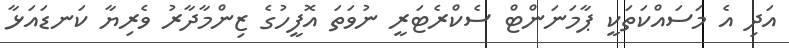
އަދި އެ މަސައްކަތަކީ ޕާމަނަންޓް ސެކްރެޓަރީ ނުވަތަ އޮފީހުގެ ޒިންމާދާރު ވެރިޔާ ކަނޑައަޅާ